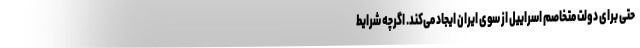
حتی برای دولت متخاصم اسراییل از سوی ایران ایجاد می‌کند. اگرچه شرایط